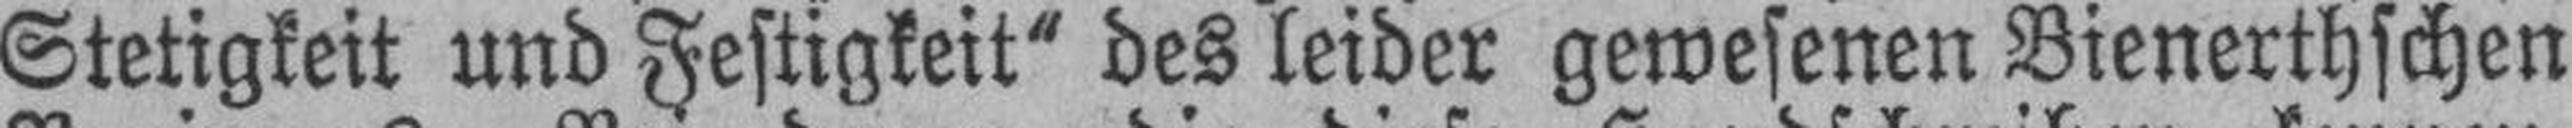
Stetigkeit und Festigkeit" des leider gewesenen Bienerthschen